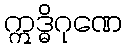
ဣဒ္ဓိဂုဏေ